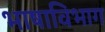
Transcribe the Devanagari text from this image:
भाषाविभाग